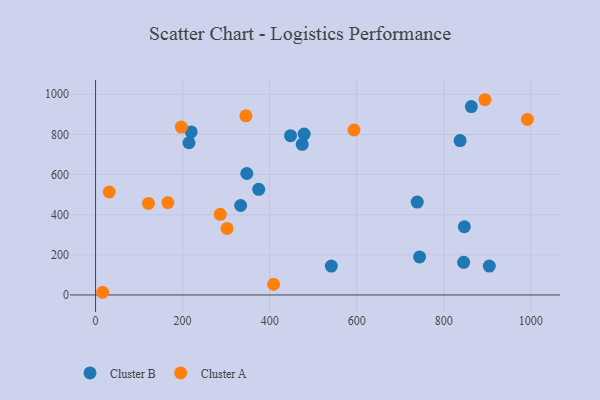
{"axis": {"x": "Engine Size", "y": "Salary"}, "legend": ["Cluster A", "Cluster B"], "data": [{"x": "837.6", "y": 769.2, "type": "Cluster B"}, {"x": "333.3", "y": 445.8, "type": "Cluster B"}, {"x": "479.2", "y": 801.6, "type": "Cluster B"}, {"x": "347.5", "y": 605.2, "type": "Cluster B"}, {"x": "847.3", "y": 339.8, "type": "Cluster B"}, {"x": "904.7", "y": 143.9, "type": "Cluster B"}, {"x": "541.7", "y": 143.9, "type": "Cluster B"}, {"x": "374.8", "y": 526.3, "type": "Cluster B"}, {"x": "744.5", "y": 189.8, "type": "Cluster B"}, {"x": "845.7", "y": 162.5, "type": "Cluster B"}, {"x": "863.4", "y": 939.0, "type": "Cluster B"}, {"x": "474.8", "y": 750.6, "type": "Cluster B"}, {"x": "448.0", "y": 793.6, "type": "Cluster B"}, {"x": "219.7", "y": 812.6, "type": "Cluster B"}, {"x": "739.1", "y": 462.7, "type": "Cluster B"}, {"x": "214.7", "y": 758.4, "type": "Cluster B"}, {"x": "16.2", "y": 13.4, "type": "Cluster A"}, {"x": "992.2", "y": 874.9, "type": "Cluster A"}, {"x": "31.4", "y": 513.2, "type": "Cluster A"}, {"x": "345.4", "y": 892.7, "type": "Cluster A"}, {"x": "593.7", "y": 822.1, "type": "Cluster A"}, {"x": "197.1", "y": 836.7, "type": "Cluster A"}, {"x": "121.6", "y": 456.3, "type": "Cluster A"}, {"x": "302.1", "y": 331.4, "type": "Cluster A"}, {"x": "894.8", "y": 972.9, "type": "Cluster A"}, {"x": "409.1", "y": 53.5, "type": "Cluster A"}, {"x": "286.5", "y": 402.0, "type": "Cluster A"}, {"x": "166.0", "y": 460.3, "type": "Cluster A"}]}